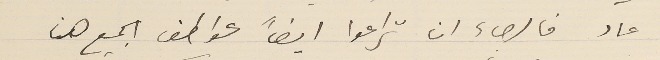
عاد فالرجاء ان تراعوا ايضاً عواطف الجميع هنا